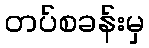
တပ်စခန်းမှ